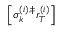
\left[ \sigma _ { k } ^ { \left( i \right) , \ddag } r _ { T } ^ { \left( i \right) } \right]